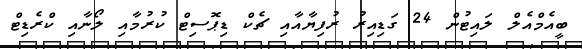
ބީއެމްއެލް ލައިޓުން 24 ގަޑިއިރު ރުފިޔާއާއި ޗެކް ޑިޕޮސިޓް ކުރުމާއި ލޯނާއި ކްރެޑިޓް